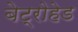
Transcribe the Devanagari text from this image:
बेट्रोहेड